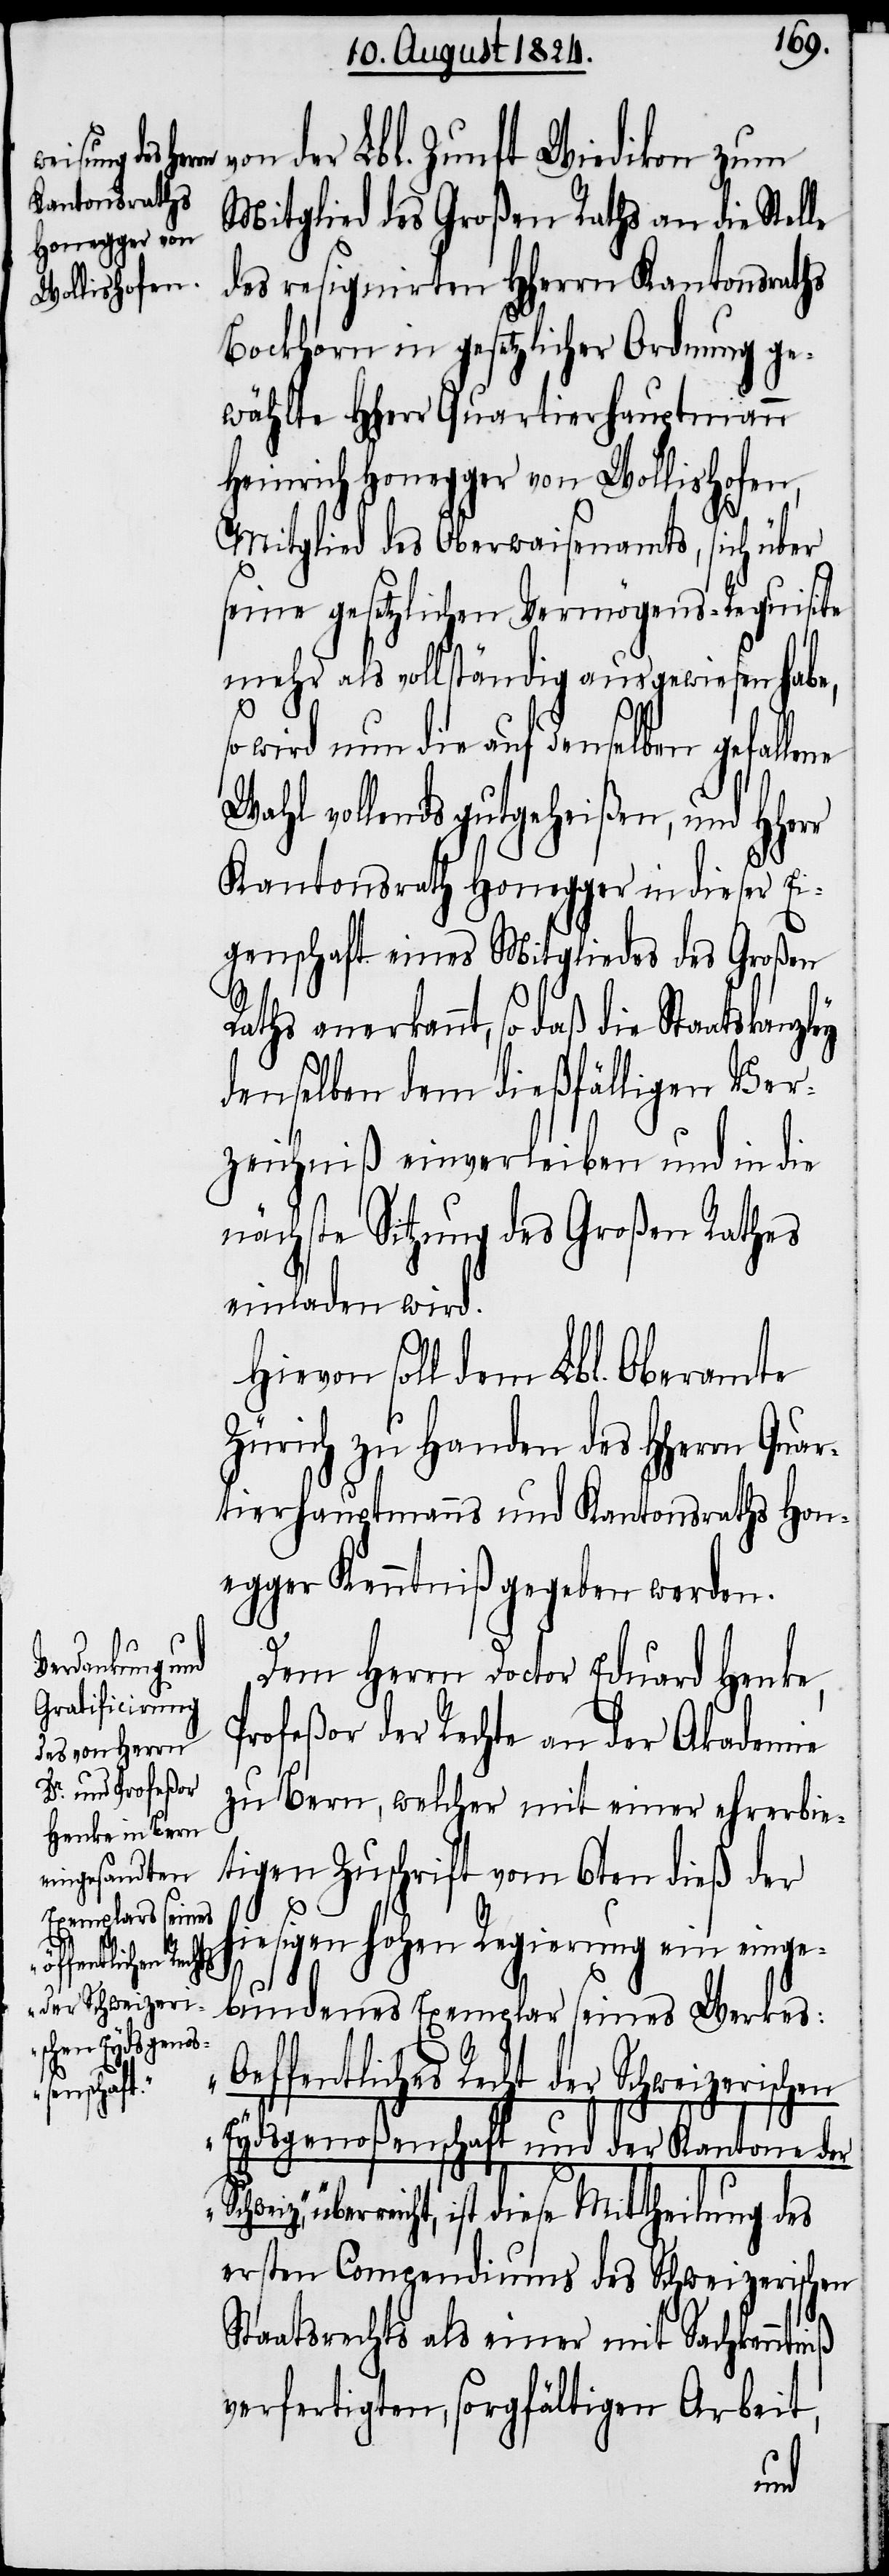
von der Lbl. Zunft Wiedikon zum
Mitglied des Großen Raths an die Stelle
des resignirten HHerrn Kantonsraths
Bockhorn in gesetzlicher Ordnung ge¬
wählte HHerr Quartierhauptmann
Heinrich Honegger von Wollishofen,
Mitglied des Oberwaisenamts, sich über
seine gesetzlichen Vermögens-Requisite
mehr als vollständig ausgewiesen habe,
so wird nun die auf denselben gefallene
Wahl vollends gutgeheißen, und HHer¬
Kantonsrath Honegger in dieser Ei¬
genschaft eines Mitgliedes des Großen
Raths anerkannt, so daß die Staatskanzley
denselben dem dießfälligen Ver¬
zeichniß einverleiben und in die
nächste Sitzung des Großen Raths
einladen wird.
Hiervon soll dem Lbl. Oberamte
Zürich zu Handen des HHerrn
rtierhauptmanns und Kantonsraths Hon¬
egger Kenntniß gegeben werden.
Dem Herrn Doctor Eduart Henke,
Profeßor der Rechte an der Akademie
zu Bern, welcher mit einer ehrerbie¬
tigen Zuschrift vom 6ten dieß der
hiesigen hohen Regierung ein einge¬
bundenes Exemplar seines Werkes:
„Oeffentliches Recht der Schweizerischen
Eydsgenoßenschaft und der Kantone der
überreicht, ist diese Mittheilung des
ersten Compendiums des Schweizerischen
Staatsrechts als einer mit Sachkenntniß
verfertigten sorgfältigen Arbeit,
Qua¬